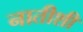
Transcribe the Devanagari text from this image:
नातीशी